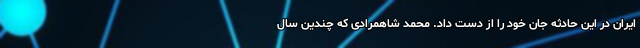
ایران در این حادثه جان خود را از دست داد. محمد شاهمرادی که چندین سال